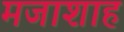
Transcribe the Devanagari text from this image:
मजाशाह